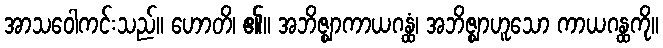
အာသဝေါကင်းသည်။ ဟောတိ၊ ၏။ အဘိဇ္ဈာကာယဂန္ထံ၊ အဘိဇ္ဈာဟူသော ကာယဂန္ထကို။